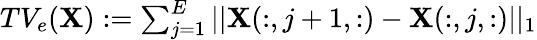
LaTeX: \begin{array}{r}{TV_{e}(\mathbf{X}):=\sum_{j=1}^{E}||\mathbf{X}(:,j+1,:)-\mathbf{X}(:,j,:)||_{1}}\end{array}